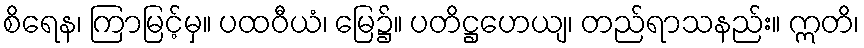
စိရေန၊ ကြာမြင့်မှ။ ပထဝီယံ၊ မြေ၌။ ပတိဋ္ဌဟေယျ၊ တည်ရာသနည်း။ ဣတိ၊